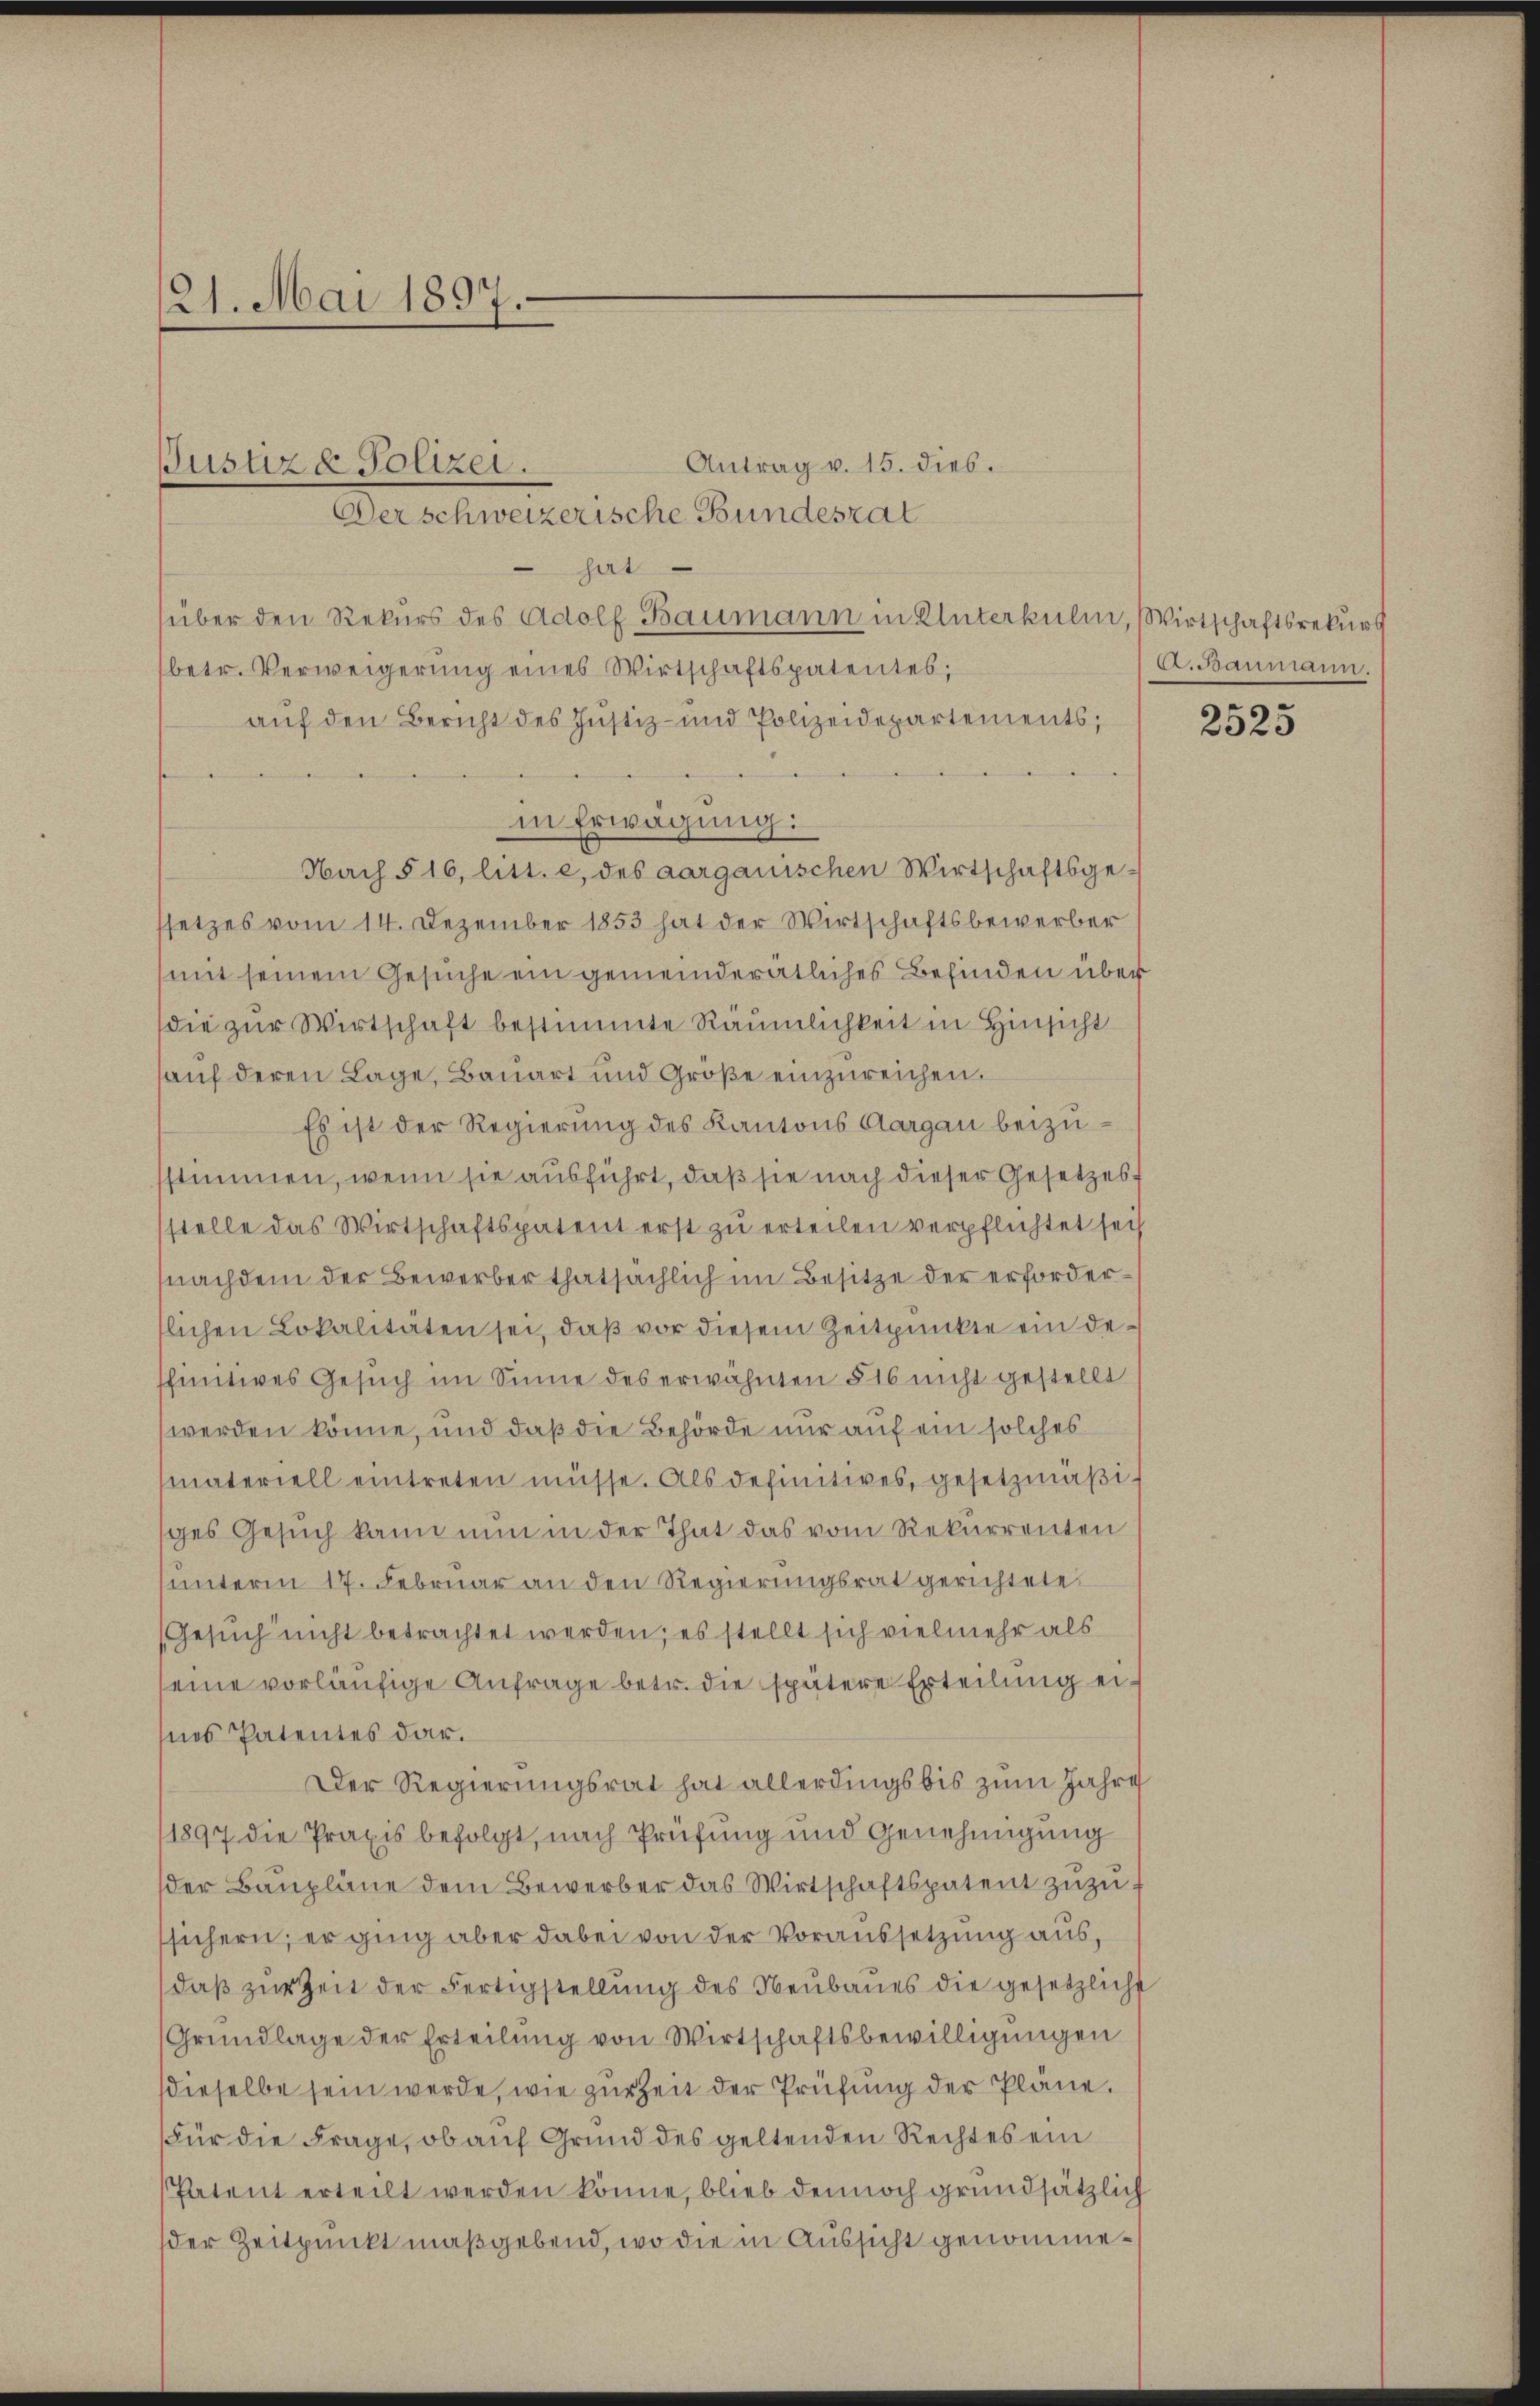
21. Mai 1897.

Antrag v. 15. dies.
Derschweizerische Bundesrat
hat
über den Rekurs des Adolf Baumann in Unterkulin, Wirtschaftsrekurs
betr. Verweigerung eines Wirtschaftspatentes,
auf den Bericht des Justiz- und Polizeidepartements;
in Erwägung:
Nach § 16, litt. e, des aarganischen Wirtschaftsge-
ssetzes vom 14. Dezember 1853 hat der Wirtschaftsbewerber
(mit seinem Gesuche ein gemeinderätliches Befinden über
die zur Wirtschaft bestimmte Räumlichkeit in Hinsicht
hauf deren Lage, Bauart und Groβe einzŭreichen.
Es ist der Regierung des Kantons Aargau beizusstimmen, wenn sie ausführt, daß sie nach dieser Gesetzes f
stelle das Wirtschaftspatent erst zu erteilen verpflichtet sei
nachdem der Bewerber thatsächlich im Besitze der erfordertlichen Lokalitäten sei, daß vor diesem Zeitpunkte ein deschinitives Gesuch im Sinne des erwähnten §16 nicht gestellt
werden könne, und daß die Behörde nur auf ein solches
materiell eintreten müsse. Als definitives, gesetzmäßiges Gesuch kann nun in der That das vom Rekurrenten
unterm 17. Februar an den Regierungsrat gerichtete
Gesuch nicht betrachtet werden; es stellt sich vielmehr als
seine vorläufige Anfrage betr. die spätere Erteilung eines Patentes dar.
Der Regierungsrat hat allerdings bis zum Jahre
1897 die Praxis befolgt, nach Prüfung und Genehmigung
der Baupläne dem Bewerber das Wirtschaftspatent zuzuf
sichern; er ging aber dabei von der Voraussetzung aus,
daβ zŭr Zeit der Fertigstellŭng des Neŭbaŭes die gesetzlicht
Grundlage der Erteilung von Wirtschaftsbewilligungen
dieselbe sein werde, wie zur Zeit der Prüfung der Pläne.
Für die Frage, ob auf Grund des geltenden Rechtes ein
Patent erteilt werden könne, blieb dennoch grundsätzlich
der Zeitpunkt maßgebend, wo die in Aussicht genomme¬

Justiz & Polizei.

A.anmann.

2525